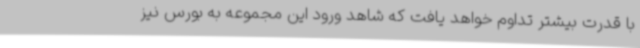
با قدرت بیشتر تداوم خواهد یافت که شاهد ورود این مجموعه به بورس نیز